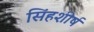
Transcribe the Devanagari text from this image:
सिंहशीर्ष